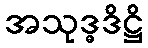
အသုဒ္ဓဒိဋ္ဌိ